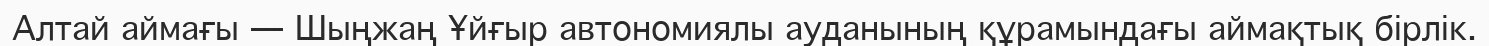
Алтай аймағы — Шыңжаң Ұйғыр автономиялы ауданының құрамындағы аймақтық бірлік.